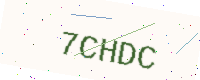
Text: 7CHDC